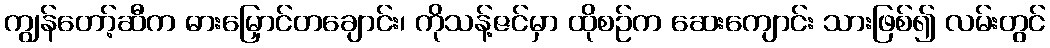
ကျွန်တော့်ဆီက ဓားမြှောင်တချောင်း၊ ကိုသန့်ဇင်မှာ ထိုစဉ်က ဆေးကျောင်း သားဖြစ်၍ လမ်းတွင်